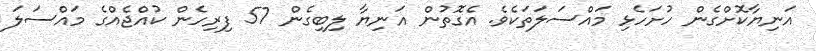
އަނިޔާކޮށްގެން ހުށަހެޅި މައްސަލަތަކެވެ. އެގޮތުން އަނިޔާ ލިބިގެން 57 ފިރިހެން ކުއްޖެއްގެ މައްސަލަ